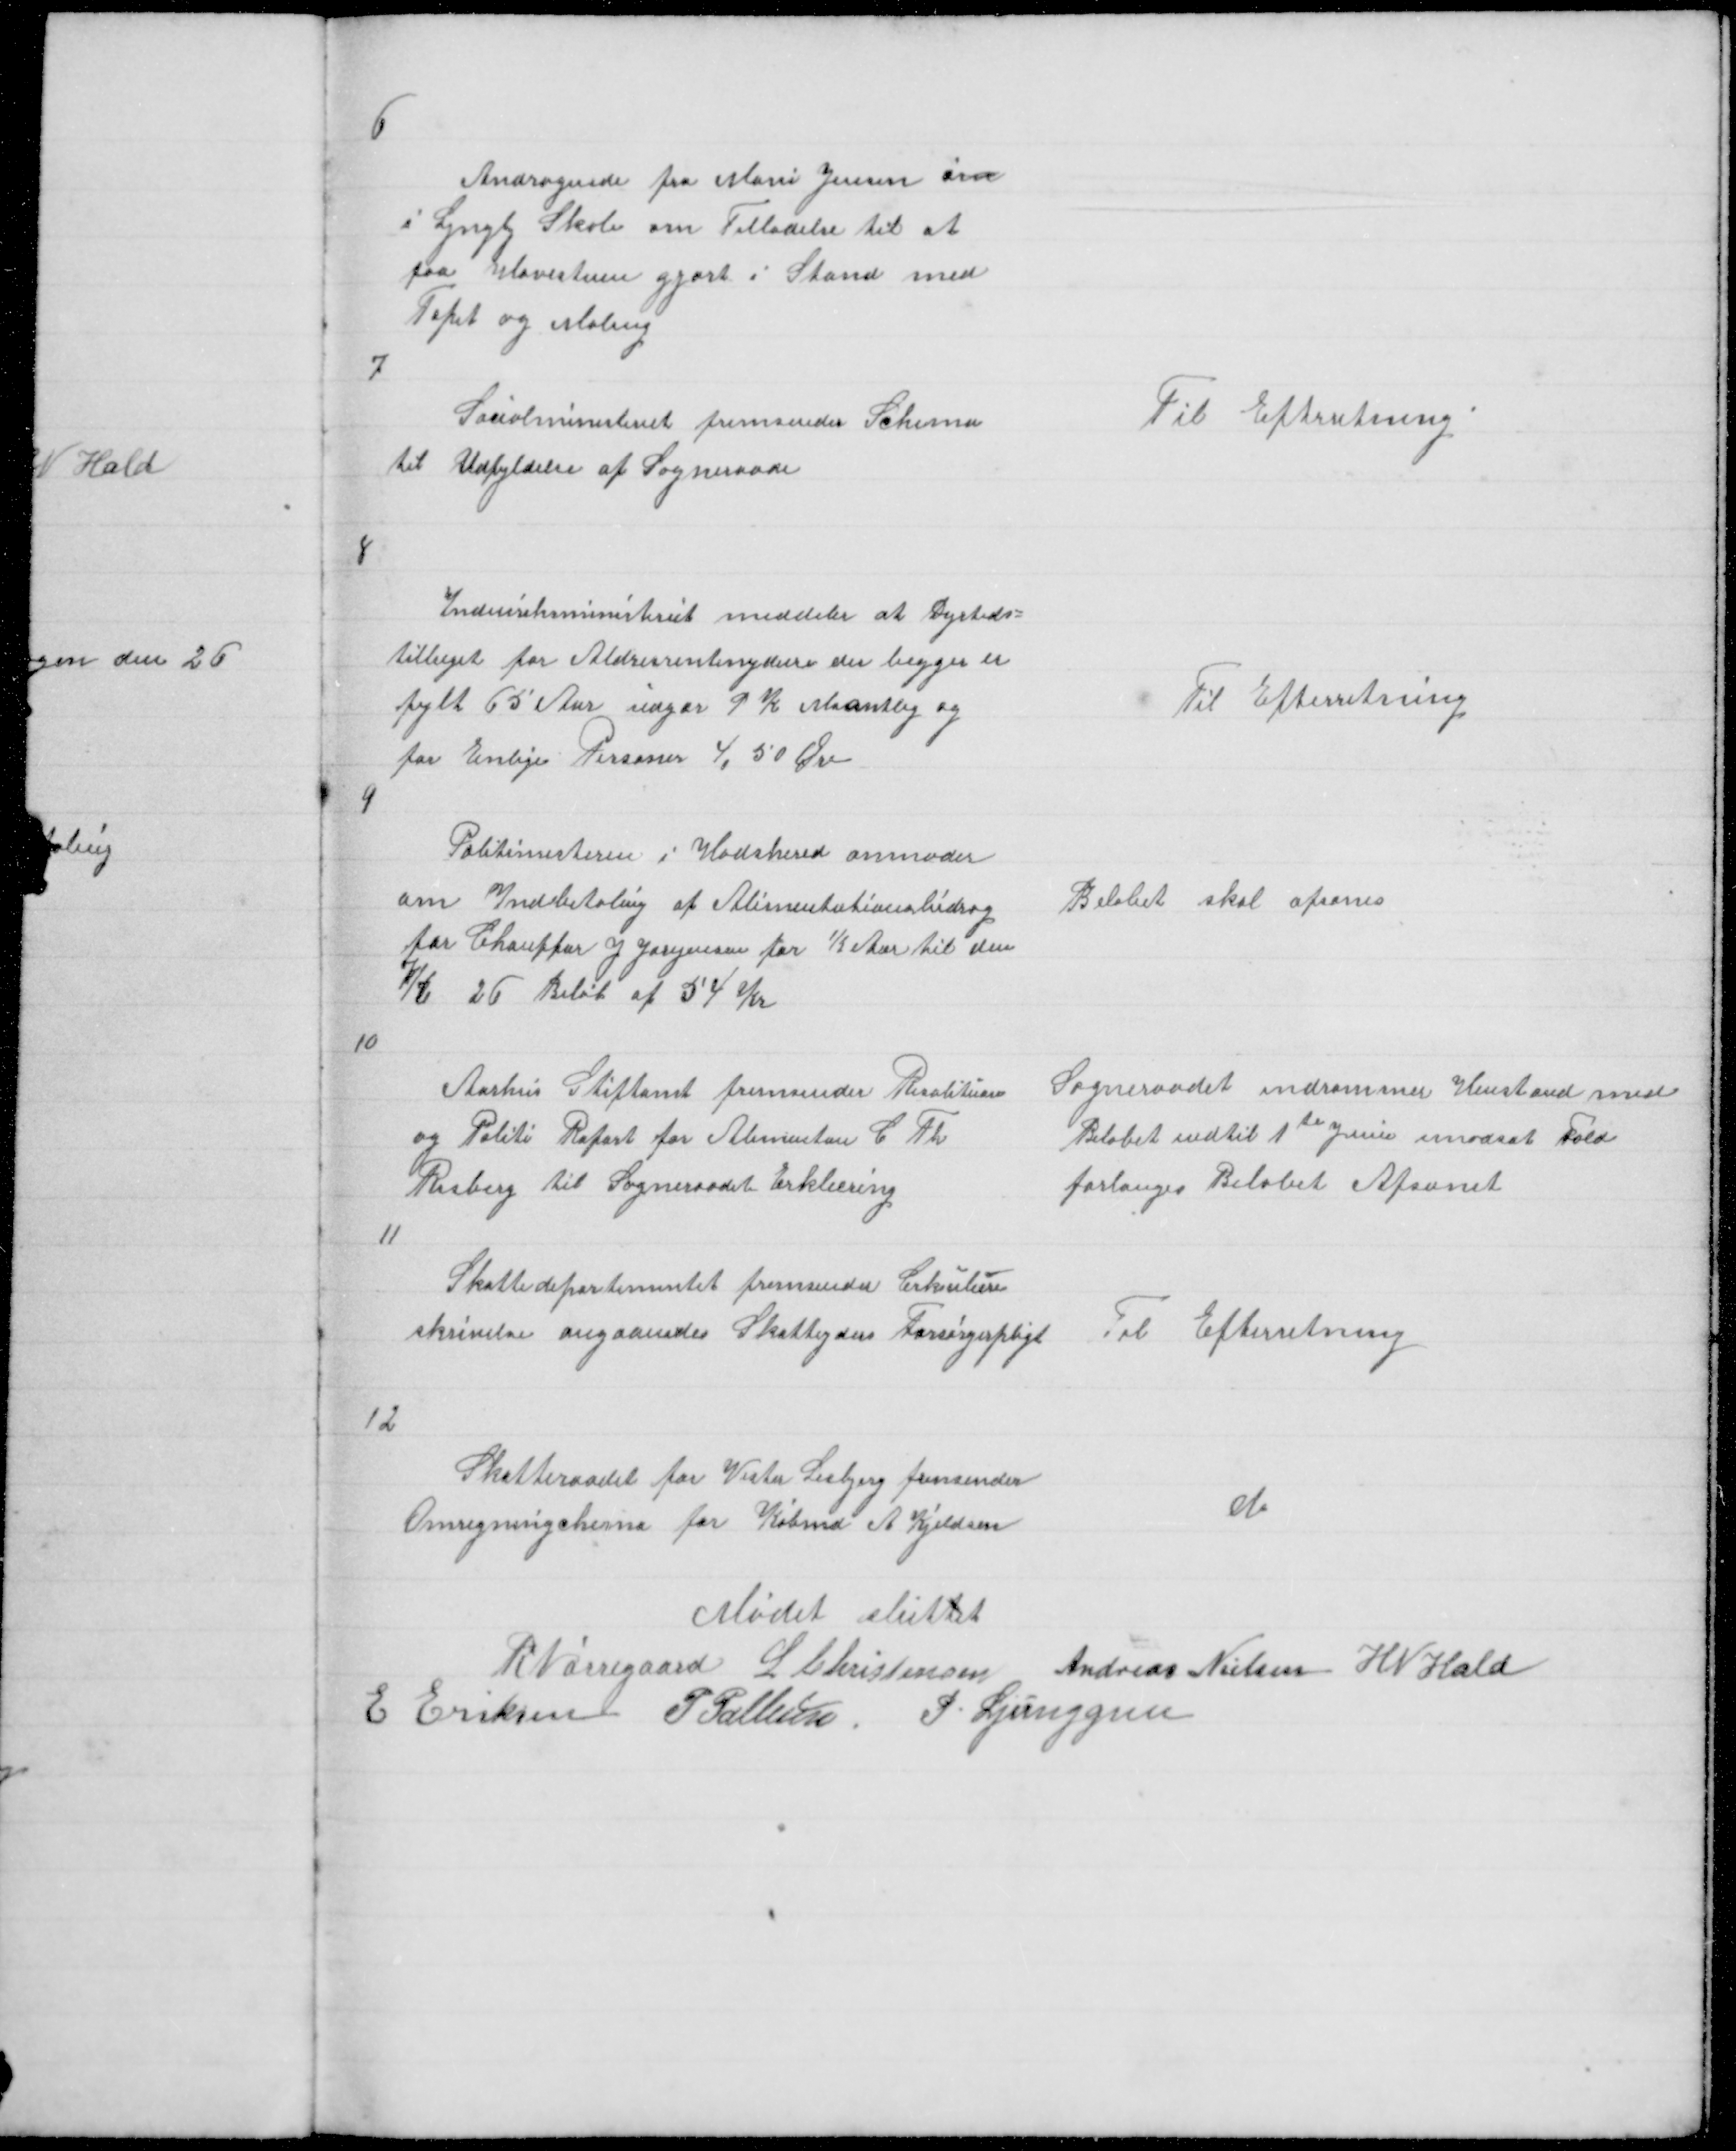
Transskription:
6

Andragende fra Marie Jensen om
i Lyngby Skole om Tilladelse til at
faa Havestuen gjort i Stand med
Tapet og Maling

7

Socialministeriet fremsender Schema
til Udfyldelse af Sogneraade

Til Efterretning

8

Indenriksministeriet meddeler at Dyrtids =
tillæget for Aldresrentenydere der begger er
fylt 65 Aar udgør 9 K Maantlig og
for Enlige personer 4,50 Øre

Til Efterretning

4

Politimesteren i Hadshered anmoder
om Indbetaling af Alimentationsbidrag
for Chauffør J Jørgensen for ½ Aar til den
7/6 26 Beløb af 54 Kr

Beløbet skal afsones

10

Aarhus Stiftamt fremsender Resolituon
og Politi Raport for Alimentan C Th
Risberg til Sogneraadet Erklæring

Sogneraadet indrømmer Henstand med
Beløbet indtil 1te Juni imodsat Fald
forlanges Beløbet Afsonet

11

Skattedepartementet fremsender Cirkulære
skrivelse angaaendes Skatteyders Forsørgerpligt

Til Efterretning

12

Skatteraadet for Vester Lisbjerg fremsender
Omregningchema for Købmd A Kjeldsen

do

Mødet sluttet
R Nørregaard L Christensen Andreas Nielsen H N Hald
E Eriksen P Pallesen P Ljunggren